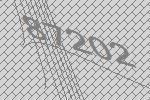
87202